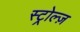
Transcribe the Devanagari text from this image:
स्ट्रोल्ज़